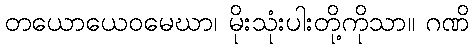
တယောယေဝမေဃာ၊ မိုးသုံးပါးတို့ကိုသာ။ ဂဏိ